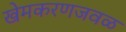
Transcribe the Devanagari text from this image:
खेमकरणजवळ